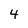
Character: 4